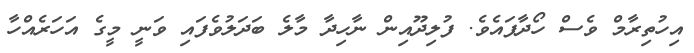
އިހުތިރާމް ވެސް ހޯދާފައެވެ. ފުލިދޫއިން ނާހިދާ މާލެ ބަދަލުވެފައި ވަނީ މީގެ އަހަރެއްހާ